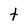
Character: t